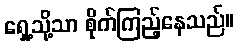
ရှေ့သို့သာ စိုက်ကြည့်နေသည်။